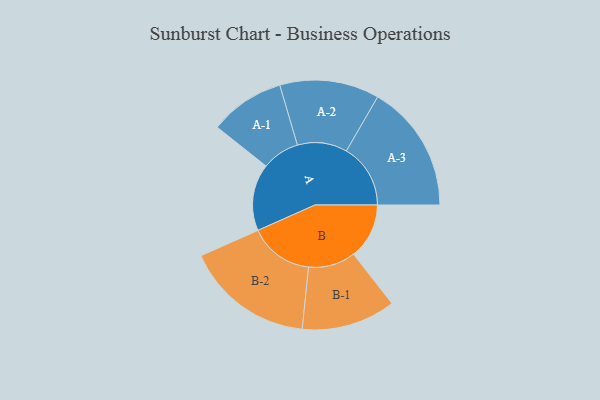
{"axis": {"x": "Segment", "y": "Value"}, "legend": ["", "A", "B"], "data": [{"x": "A", "y": 297, "type": ""}, {"x": "B", "y": 247, "type": ""}, {"x": "A-1", "y": 167, "type": "A"}, {"x": "A-2", "y": 221, "type": "A"}, {"x": "A-3", "y": 285, "type": "A"}, {"x": "B-1", "y": 209, "type": "B"}, {"x": "B-2", "y": 286, "type": "B"}]}